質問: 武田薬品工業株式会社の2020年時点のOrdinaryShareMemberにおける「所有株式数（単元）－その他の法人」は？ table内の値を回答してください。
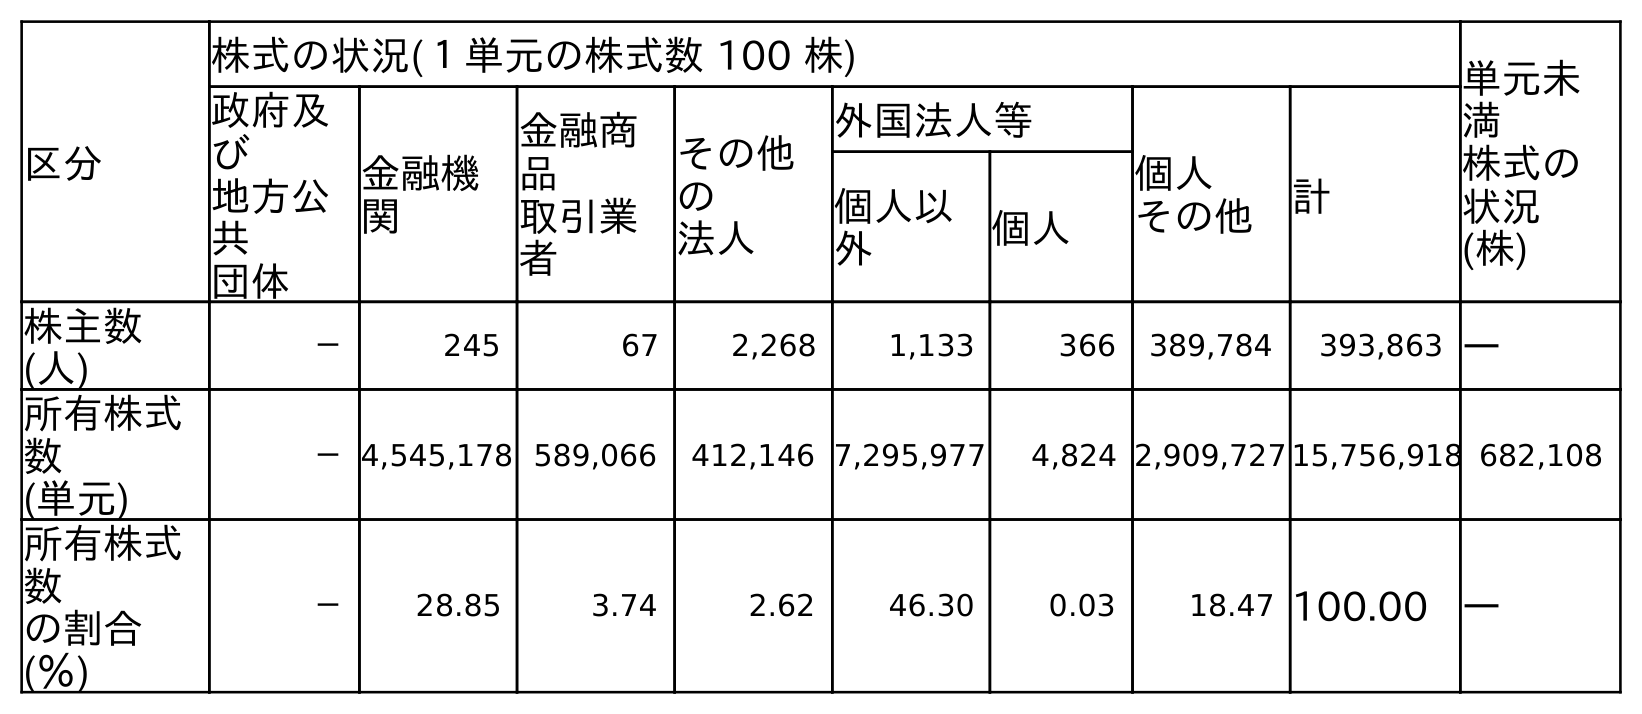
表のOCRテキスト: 区分 株式の状況(１単元の株式数 100 株) 単元未 満 株式の 状況 (株) 政府及 び 地方公 共 団体 金融機 関 金融商 品 取引業 者 その他 の 法人 外国法人等 個人 その他 計 個人以 外 個人 株主数 (人) － 245 67 2,268 1,133 366 389,784 393,863 ― 所有株式 数 (単元) －4,545,178 589,066 412,146 7,295,977 4,824 2,909,727 15,756,918 682,108 所有株式 数 の割合 (％) － 28.85 3.74 2.62 46.30 0.03 18.47 100.00 ―
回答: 412,146